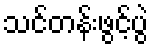
သင်တန်းဖွင့်ပွဲ